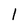
Character: 1